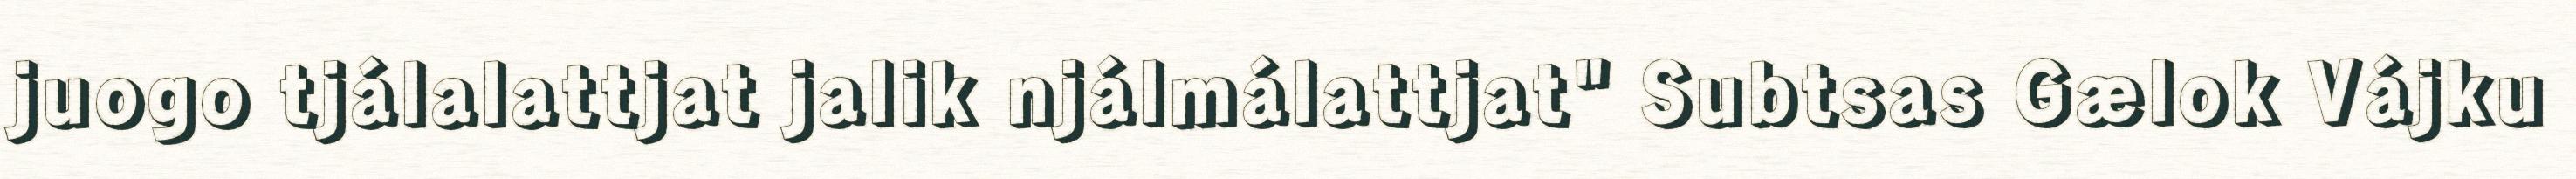
juogo tjálalattjat jalik njálmálattjat" Subtsas Gælok Vájku